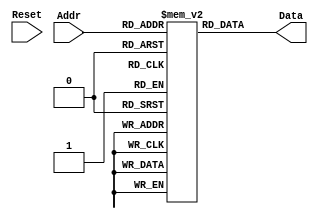
module Prog_Mem
  #(
      parameter addr_bus = 11 ,
                data_size = 16
  )
  (
     input wire Reset ,
     input wire [addr_bus-1 : 0] Addr ,
     output wire [data_size-1 : 0] Data
  );

localparam [4:0]
  HLT  = 5'b00000 ,
  STO  = 5'b00001 ,
  LD_  = 5'b00010 ,
  LDI  = 5'b00011 ,
  ADD  = 5'b00100 ,
  ADDI = 5'b00101 ,
  SUB  = 5'b00110 ,
  SUBI = 5'b00111;

reg [data_size-1 : 0] mem_reg[2**addr_bus-1 : 0];
initial mem_reg[0] = ( ( LDI  << (data_size - 5) ) + 16  );
initial mem_reg[1] = ( ( STO  << (data_size - 5) ) + 1   );
initial mem_reg[2] = ( ( LD_  << (data_size - 5) ) + 1   );
initial mem_reg[3] = ( ( ADDI << (data_size - 5) ) + 255 );
initial mem_reg[4] = ( ( STO  << (data_size - 5) ) + 2   );
initial mem_reg[5] = ( ( LD_  << (data_size - 5) ) + 16  );
initial mem_reg[6] = ( ( HLT  << (data_size - 5) ) + 0   );
integer pos;
initial
begin
  for( pos = 7 ; pos < ( (2**addr_bus) - 1 ) ; pos = pos + 1 )
  begin
    mem_reg[pos] = 0;
  end
end

assign Data = mem_reg[Addr];

endmodule